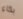
بكاء